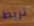
تربط